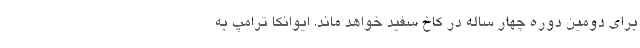
برای دومین دوره چهار ساله در کاخ سفید خواهد ماند. ایوانکا ترامپ به